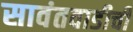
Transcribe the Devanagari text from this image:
सावंतवाडीची